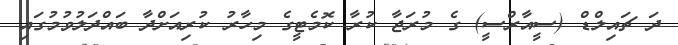
ދަ ޗައިލްޑް (ސީއާރްސީ) ގެ މުރަޖާ ކުރާ ކޮމެޓީގެ މިހާރު ކުރިއަށްދާ ބައްދަލުވުމުގައި